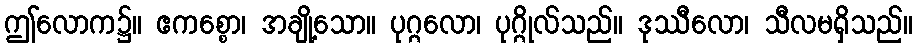
ဤလောက၌။ ဧကစ္စော၊ အချို့သော။ ပုဂ္ဂလော၊ ပုဂ္ဂိုလ်သည်။ ဒုဿီလော၊ သီလမရှိသည်။